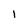
Character: 1